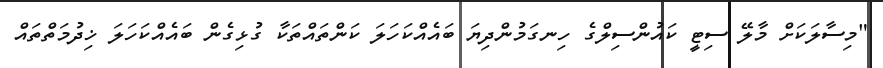
"މިސާލަކަށް މާލޭ ސިޓީ ކައުންސިލްގެ ހިނގަމުންދިޔަ ބައެއްކަހަލަ ކަންތައްތަކާ ގުޅިގެން ބައެއްކަހަލަ ޚިދުމަތްތައް